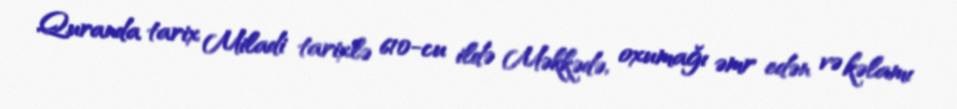
Quranda tarix Miladi tarixlə 610-cu ildə Məkkədə, oxumağı əmr edən və kəlamı